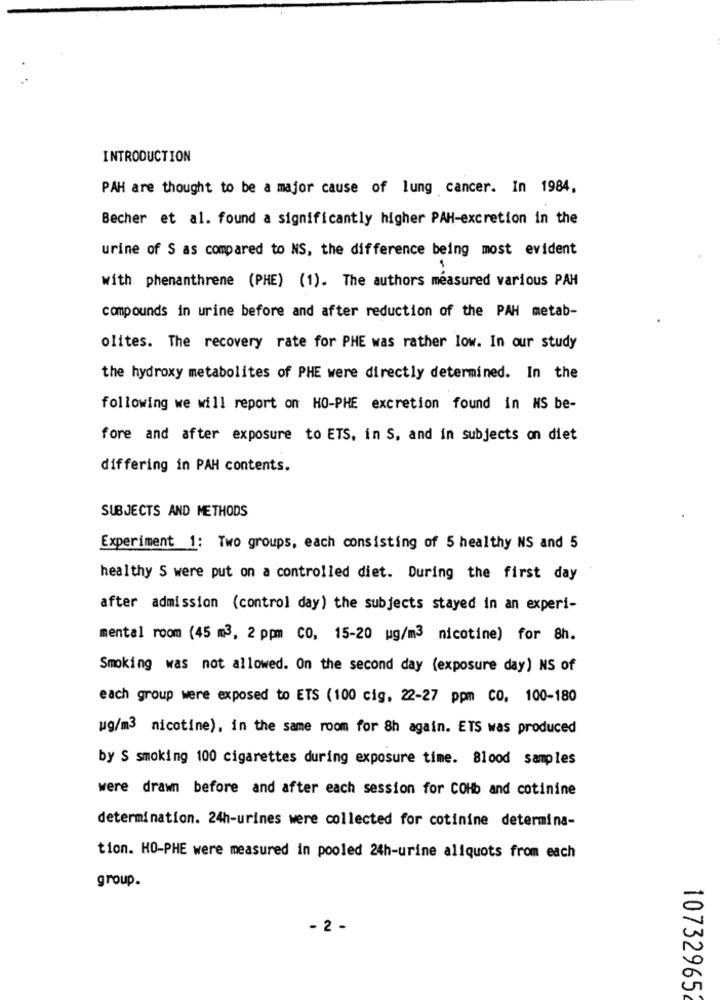
INTRODUCTION
PAH are thought to be a major cause of lung cancer. In 1984.
Becher et al. found a significantly higher PAH-excretion in the
urine of S as compared to NS, the difference being most evident
with phenanthrene (PHE) (1). The authors measured various PAH
compounds in urine before and after reduction of the PAH metab-
olites. The recovery rate for PHE was rather low. In our study
the hydroxy metabolites of PHE were directly determined. In the
following we will report on HO-PHE excretion found in NS be-
fore and after exposure to ETS, in S, and in subjects on diet
differing in PAH contents.
SUBJECTS AND METHODS
Experiment 1: Two groups, each consisting of 5 healthy NS and 5
healthy S were put on a controlled diet. During the first day
after admission (control day) the subjects stayed in an experi-
mental room (45 m3, 2 ppm CO, 15-20 ug/m3 nicotine) for 8h.
Smoking was not allowed. On the second day (exposure day) NS of
each group were exposed to ETS (100 cig, 22-27 ppm CO. 100-180
wg/m3 nicotine), in the same room for 8h again. ETS was produced
by S smoking 100 cigarettes during exposure time. Blood samples
were drawn before and after each session for COHb and cotinine
determination. 24h-urines were collected for cotinine determina-
tion. HO-PHE were measured in pooled 24h-urine aliquots from each
group.
- 2 -
10732965